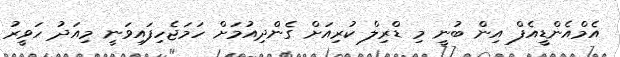
އެމްއެންޑީއެފް އިން ބުނީ މި ޑްރިލް ކުރިއަށް ގެންދިއުމަށް ހަމަޖެހިފައިވަނީ މިއަދު ހަވީރު